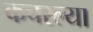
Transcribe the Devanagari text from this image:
कचरल्या